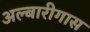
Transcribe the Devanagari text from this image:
अल्बारीगास